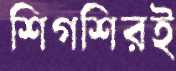
শিগশিরই